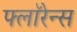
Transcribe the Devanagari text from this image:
फ्लाॅरेन्स